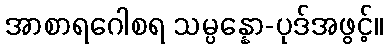
အာစာရဂေါစရ သမ္ပန္နော-ပုဒ်အဖွင့်။